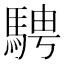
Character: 騁